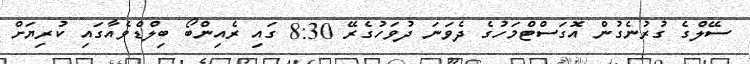
ސޭލްގެ ގުރުނެގުން އޮގަސްޓްމަހުގެ ދެވަނަ ދުވަހުގެރޭ 8:30 ގައި ރެއިންބޯ ބިލްޑްވެއާގައި ކުރިޔަށް